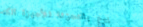
بيع بالتجزئة للأجهزة الكه